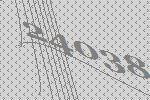
24038